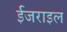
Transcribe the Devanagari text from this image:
ईजराइल